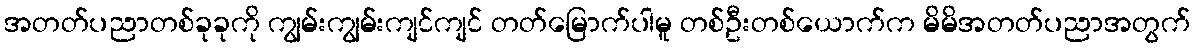
အတတ်ပညာတစ်ခုခုကို ကျွမ်းကျွမ်းကျင်ကျင် တတ်မြောက်ပါမူ တစ်ဦးတစ်ယောက်က မိမိအတတ်ပညာအတွက်